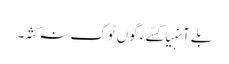
بلے آنہیا کسّے ءَ گوں ٹوک نہ کثہ۔